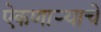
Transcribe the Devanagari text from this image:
ऐकणाऱ्याचे